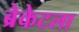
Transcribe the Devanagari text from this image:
ब्रेकेटला